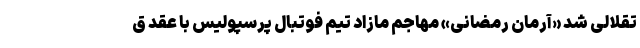
تقلالی شد «آرمان رمضانی» مهاجم مازاد تیم فوتبال پرسپولیس با عقد ق